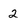
Character: 2